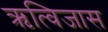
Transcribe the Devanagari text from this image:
ऋत्विजास